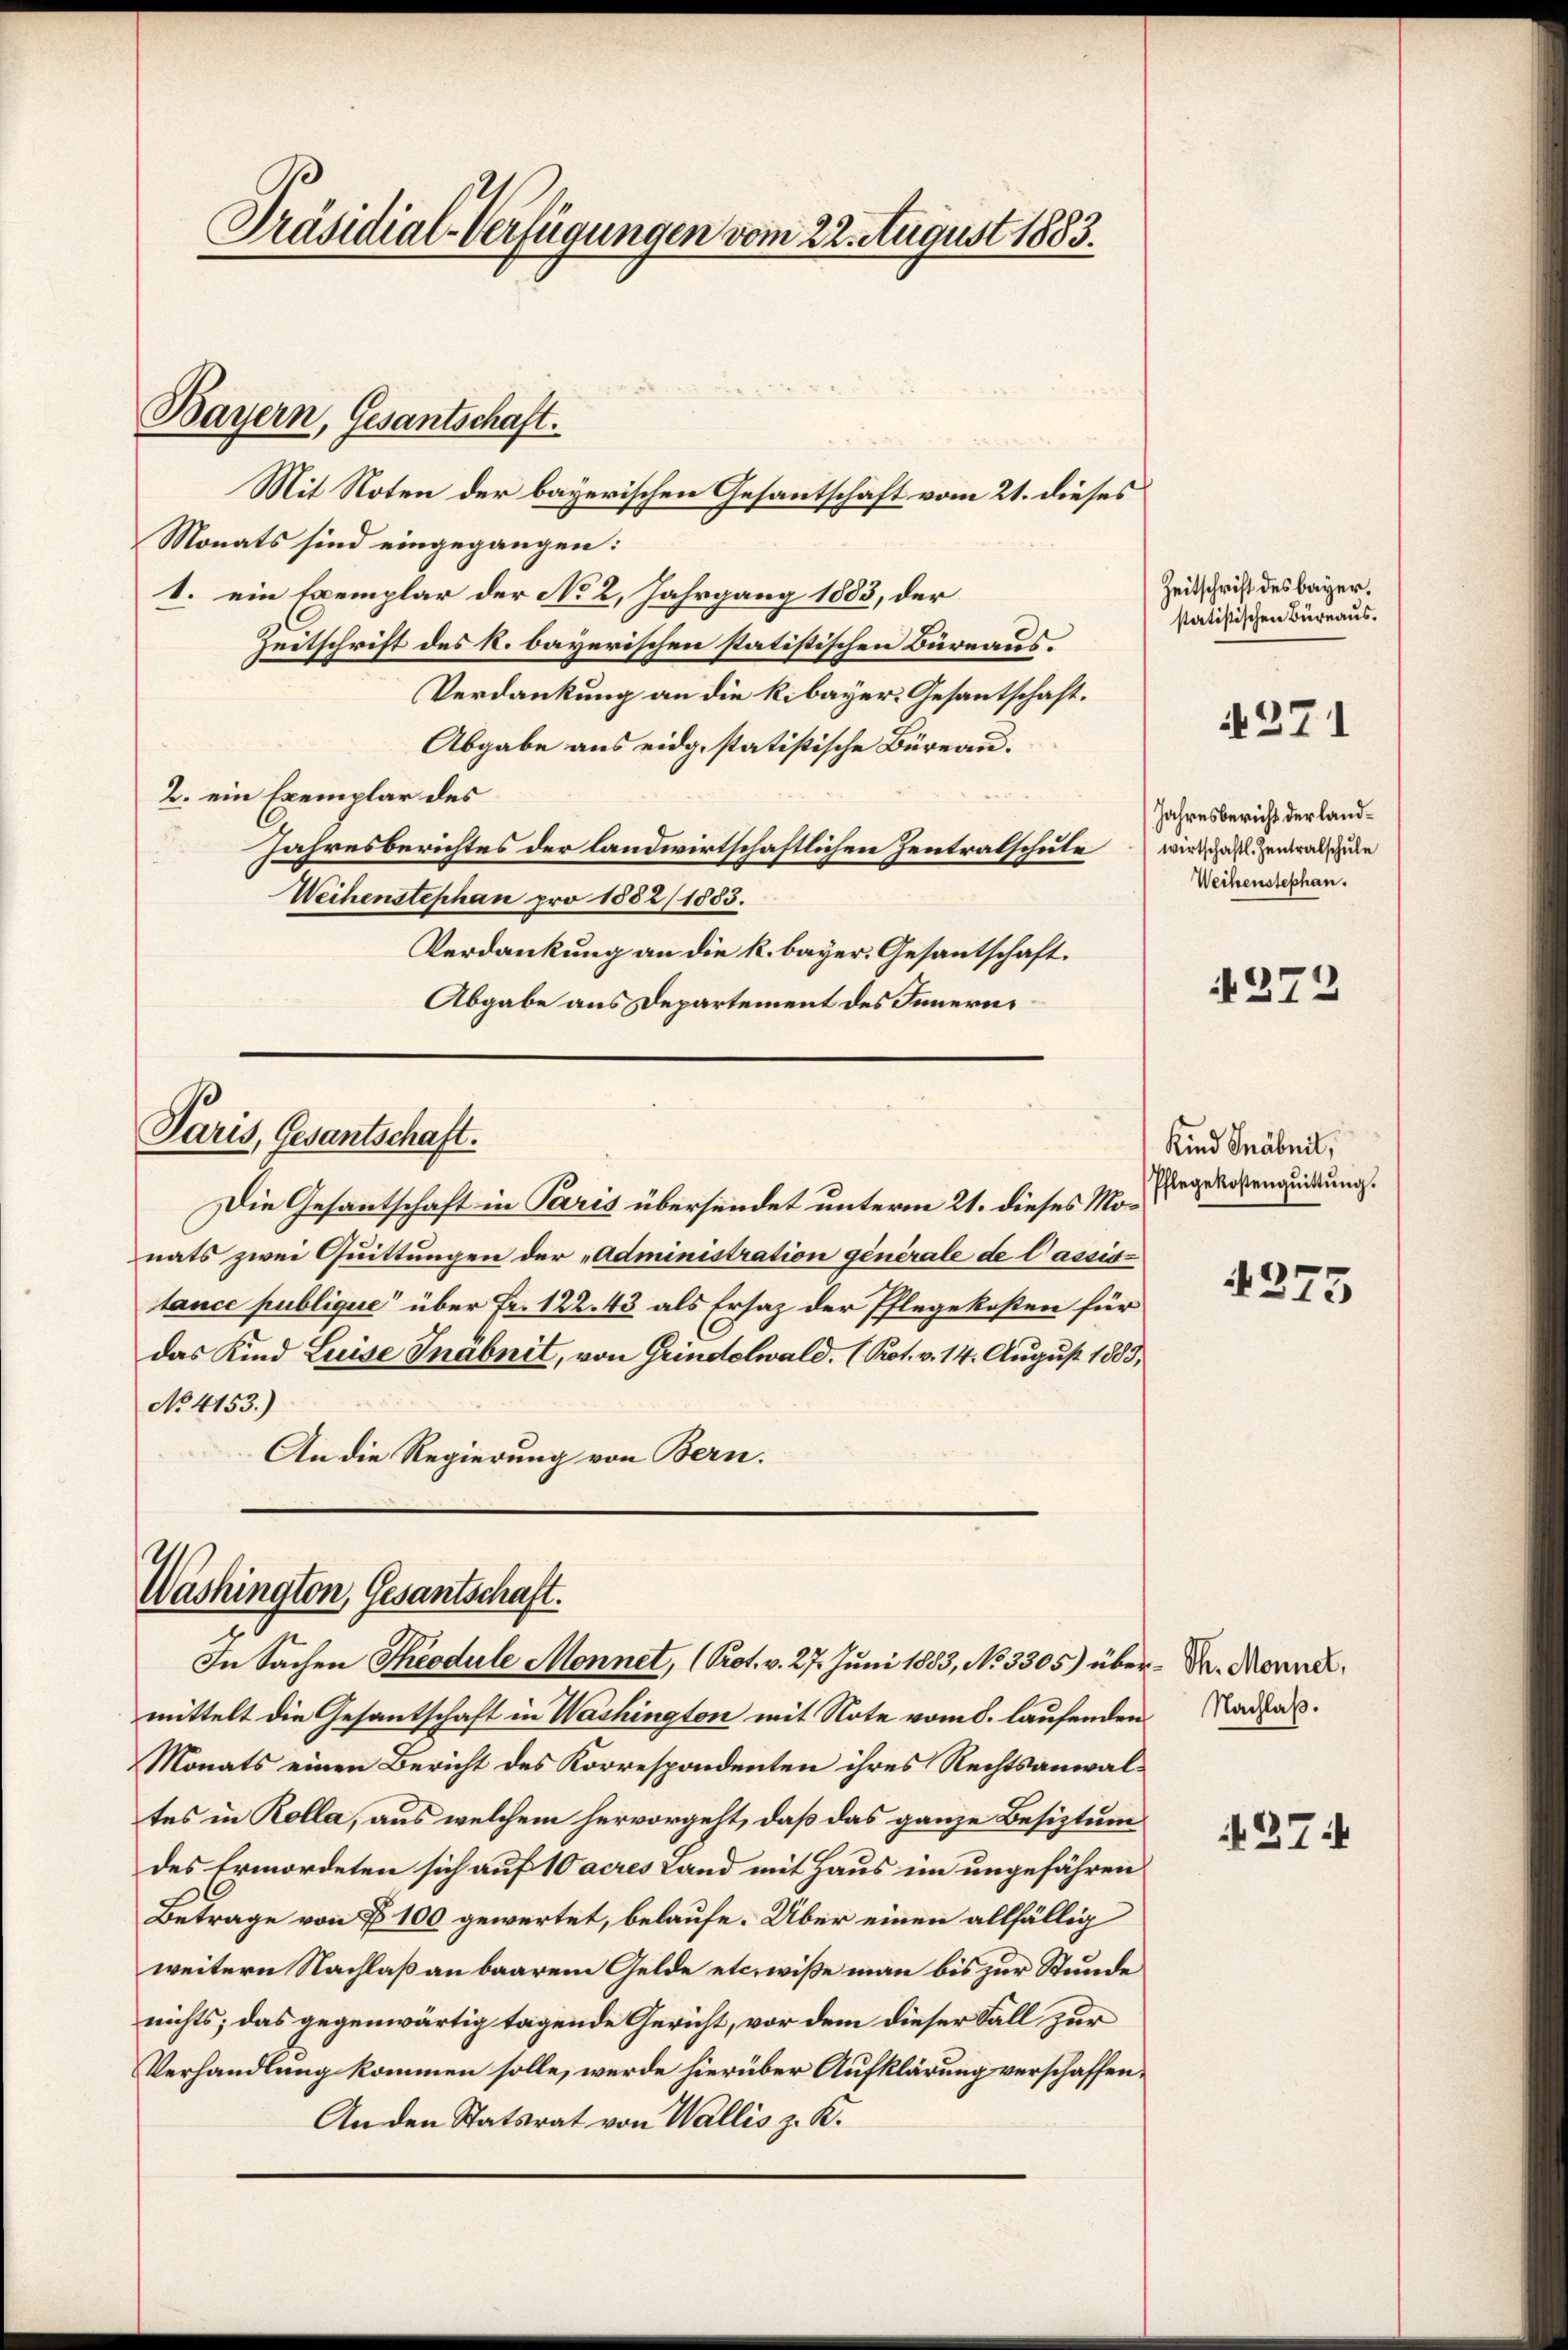
Präsidial-Verfügungen vom 22. August 1883.

Mit Noten der bayerischen Gesantschaft vom 21. dieses
Monats sind eingegangen:
1. ein Exemplar der No 2. Jahrgang 1883, der
Zeitschrift des k. bayerischen statistischen Büreaus.
Verdankung an die k. bayer. Gesantschaft.
Abgabe aus eidg. statistische Büreau.
2. ein Exemplar des
Jahresberichtes der landwirtschaftlichen Zentratschule wird schaften als gute
Weihenstephan pro 1882/1883.
Verdankung an die k. bayer. Gesantschaft.
Abgabe aus Departement des Innern,

Bayern, Gesantschaft.

Paris, Gesantschaft.

Die Gesantschaft in Paris übersendet unterm 21. dieses Monats zwei Quittungen der „Administration générale de Cassistance publique“ über Fr. 122. 43 als Ersatz der Pflegekosten für
das Kind Luise Inabnit, von Grindelwald. (Kot. v. 14. August 1883,
No 4153.)
An die Regierung von Bern.

Washington, Gesantschaft.
In Sachen Theodule Monnet, (Prot. v. 27. Juni 1883, No 3305) über- Dr. Mannel,

mittelt die Gesantschaft in Washington mit Note vom 8. laufenden Nachah.
Monats einen Bericht des Korrespondenten ihres Rechtsanwaltes in Kolla, aus welchem hervorgeht, daß das ganze Besiztum
des Ermordeten sich auf 10 acres Land mit Haus im ungefähren
Betrage von § 100 gewertet, belaufe. Über einen allfällig
weitern Nachlaß an baarem Gelde etc. wiße man bis zur Stunde
nichts; das gegenwärtig tagende Gericht, vor dem dieser Fall zur
Verhandlung kommen solle, werde hierüber Aufklärung verschaffen¬
An den Statsrat von Wallis z. K.

Zeitschrift des bayer.
statistischen Büreaus.

4271

Jahresbericht der land¬
Weihenstephan.

272

Kind Gräbnit,
Pflegekostenquittung.

4375

37: